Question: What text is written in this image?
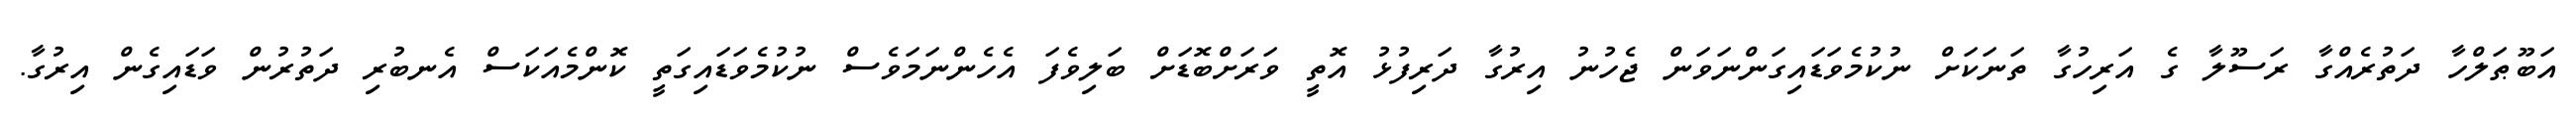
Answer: އަބޫޠަލްހާ ދަތުރެއްގާ ރަސޫލާ ގެ އަރިހުގާ ތަނަކަށް ނުކުމެވަޑައިގަންނަވަން ޖެހުނު އިރުގާ ދަރިފުޅު އޮތީ ވަރަށްބޮޑަށް ބަލިވެފަ އެހެންނަމަވެސް ނުކުމެވަޑައިގަތީ ކޮންމެއަކަސް އެނބުރި ދަތުރުން ވަޑައިގެން އިރުގާ.